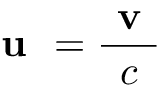
\textbf { u } = \frac { \textbf { v } } { c }